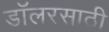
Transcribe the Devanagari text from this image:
डॉलरसाठी